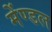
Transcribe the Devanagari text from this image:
मेंण्डल